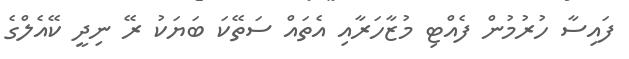
ފައިސާ ހުރުމުން ފެއްޓި މުޒާހަރާއި އެތައް ސަތޭކަ ބަޔަކު ރޭ ނިދީ ކޭއެލްގެ